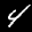
Label: 4